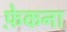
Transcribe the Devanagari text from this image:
फ़ेकना